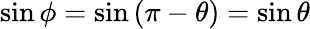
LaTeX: \sin{\phi}=\sin{(\pi-\theta)}=\sin{\theta}